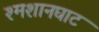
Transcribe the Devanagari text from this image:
श्मशानघाट